[Report on the health of British troops in the Madras command]
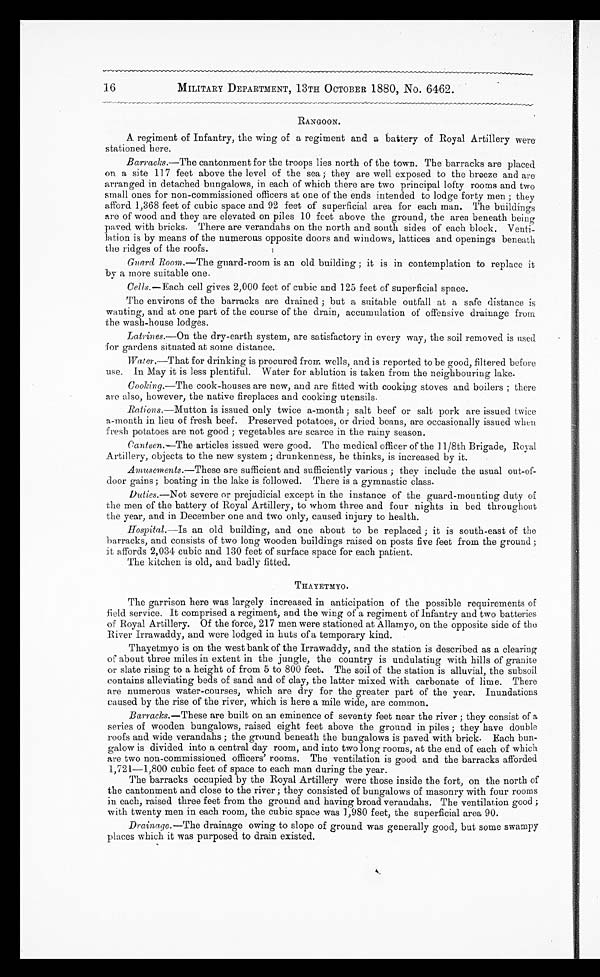
16
MILITARY DEPARTMENT, 13TH OCTOBER 1880, No. 6462.
•
RANGOON.
A regiment of Infantry, the wing of a regiment and a battery of Royal Artillery were
stationed here.
Barracks. —The cantonment for the troops lies north of the town. The barracks are placed
on a site 117 feet above the level of the sea ; they are well exposed to the breeze and are
arranged in detached bungalows, in each of which there are two principal lofty rooms and two
small ones for non-commissioned officers at one of the ends intended to lodge forty men ; they
afford 1,368 feet of cubic space and 92 feet of superficial area for each man. The buildings
are of wood and they are elevated on piles 10 feet above the ground, the area beneath bein
g paved with bricks. There are verandahs on the north and south sides of each block. Venti
-lation is by means of the numerous opposite doors and windows, lattices and openings beneath
the ridges of the roofs.
Guard Room. —The guard-room is an old building ; it is in contemplation to replace it
by a more suitable one.
Cells. —Each cell gives 2,000 feet of cubic and 125 feet of superficial space.
The environs of the barracks are drained ; but a suitable outfall at a safe distance is
wanting, and at one part of the course of the drain, accumulation of offensive drainage from
the wash-house lodges.
Latrines. —On the dry-earth system, are satisfactory in every way, the soil removed is used
for gardens situated at some distance.
Water. —That for drinking is procured from wells, and is reported to be good, filtered before
use. In May it is less plentiful. Water for ablution is taken from the neighbouring lake.
Cooking. —The cook-houses are new, and are fitted with cooking stoves and boilers ; there
are also, however, the native fireplaces and cooking utensils.
Rations. —Mutton is issued only twice a-month ; salt beef or salt pork are issued twice
a-month in lieu of fresh beef. Preserved potatoes, or dried beans, are occasionally issued when
fresh potatoes are not good ; vegetables are scarce in the rainy season.
Canteen.—The articles issued were good. The medical officer of the 11/8th Brigade, Royal
Artillery, objects to the new system ; drunkenness, he thinks, is increased by it.
Amusements. —These are sufficient and sufficiently various ; they include the usual out-of
-door gains ; boating in the lake is followed. There is a gymnastic class.
Duties. —Not severe or prejudicial except in the instance of the guard-mounting duty of
the men of the battery of Royal Artillery, to whom three and four nights in bed throughout
the year, and in December one and two only, caused injury to health.
Hospital. —Is an old building, and one about to be replaced ; it is south-east of the
barracks, and consists of two long wooden buildings raised on posts five feet from the ground ;
it affords 2,034 cubic and 130 feet of surface space for each patient.
The kitchen is old, and badly fitted.
THAYETMYO.
The garrison here was largely increased in anticipation of the possible requirements of
field service. It comprised a regiment, and the wing of a regiment of Infantry and two batteries
of Royal Artillery. Of the force, 217 men were stationed at Allamyo, on the opposite side of the
River Irrawaddy, and were lodged in huts of a temporary kind.
Thayetmyo is on the west bank of the Irrawaddy, and the station is described as a clearing
of about three miles in extent in the jungle, the country is undulating with hills of granite
or slate rising to a height of from 5 to 800 feet. The soil of the station is alluvial, the subsoil
contains alleviating beds of sand and of clay, the latter mixed with carbonate of lime. There
are numerous water-courses, which are dry for the greater part of the year. Inundations
caused by the rise of the river, which is here a mile wide, are common.
Barracks. —These are built on an eminence of seventy feet near the river ; they consist of a
series of wooden bungalows, raised eight feet above the ground in piles ; they have double
roofs and wide verandahs ; the ground beneath the bungalows is paved with brick. Each bun
-galow is divided into a central day room, and into two long rooms, at the end of each of which
are two non-commissioned officers' rooms. The ventilation is good and the barracks afforded
1,721—1,800 cubic feet of space to each man during the year.
The barracks occupied by the Royal Artillery were those inside the fort, on the north of
the cantonment and close to the river ; they consisted of bungalows of masonry with four rooms
in each, raised three feet from the ground and having broad verandahs. The ventilation good ;
with twenty men in each room, the cubic space was 1,980 feet, the superficial area 90.
Drainage. —The drainage owing to slope of ground was generally good, but some swampy
places which it was purposed to drain existed.